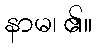
နာမ၊ ၏။